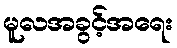
မူလအခွင့်အရေး